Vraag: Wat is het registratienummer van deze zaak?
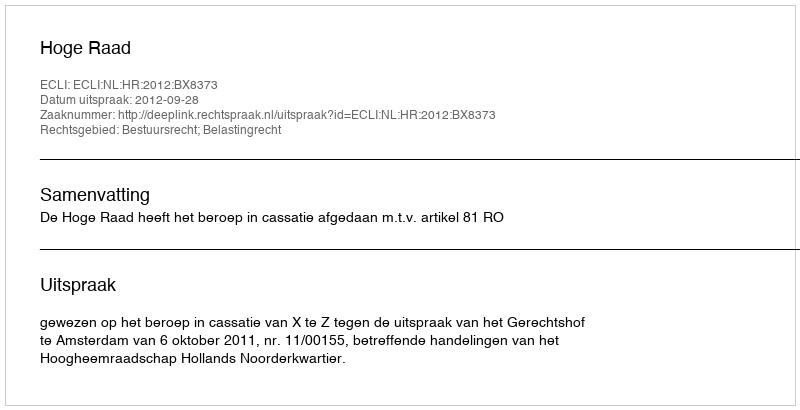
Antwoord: http://deeplink.rechtspraak.nl/uitspraak?id=ECLI:NL:HR:2012:BX8373